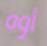
أوه